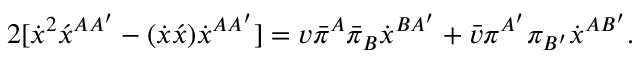
2 [ \dot { x } ^ { 2 } \acute { x } ^ { A A ^ { \prime } } - ( \dot { x } \acute { x } ) \dot { x } ^ { A A ^ { \prime } } ] = v \bar { \pi } ^ { A } \bar { \pi } _ { B } \dot { x } ^ { B A ^ { \prime } } + \bar { v } \pi ^ { A ^ { \prime } } \pi _ { B ^ { \prime } } \dot { x } ^ { A B ^ { \prime } } .